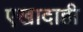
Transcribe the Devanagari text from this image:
एखादाही